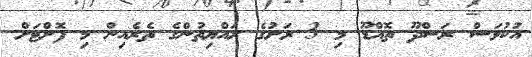
އުކުޅަސް ރަސްދޫ ތޮއްޑޫ މި 3 ރަށުގެ ރައްޔިތުންގެ ތެރެއިން މި ފޮށްޓަށް